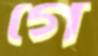
গে